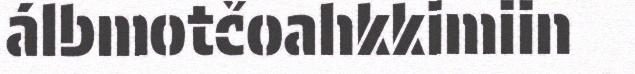
álbmotčoahkkimiin